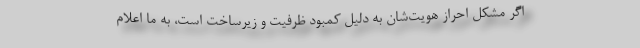
اگر مشکل احراز هویت‌شان به دلیل کمبود ظرفیت و زیرساخت است، به ما اعلام